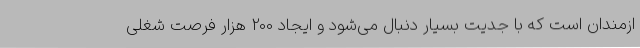
ازمندان است که با جدیت بسیار دنبال می‌شود و ایجاد 200 هزار فرصت شغلی